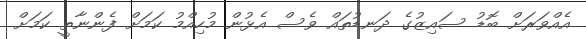
އެއްވަރަށް ބޮޑު ސައިޒުގެ ދަނޑުތައް ވެސް އެޅުން މުހިއްމު ކަމަށް ފެންނާތީ ކަމަށް